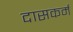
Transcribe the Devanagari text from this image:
दासकर्म